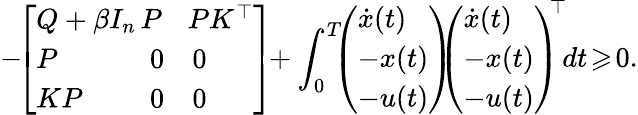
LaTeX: -\! \! \left[\begin{array}{lll}{Q+\beta I_{n}\! \! \! }&{\! \! P\! \! }&{\! PK^{\top}}\\ {P}&{0}&{0}\\ {KP}&{0}&{0}\end{array}\right]\! \! +\int_{0}^{T}\! \! \! \left(\begin{array}{l}{\dot{x}(t)}\\ {-x(t)}\\ {-u(t)}\end{array}\right)\! \! \! \left(\begin{array}{l}{\dot{x}(t)}\\ {-x(t)}\\ {-u(t)}\end{array}\right)^{\! \! \top}\! dt\! \geqslant\! 0.